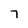
Character: 7